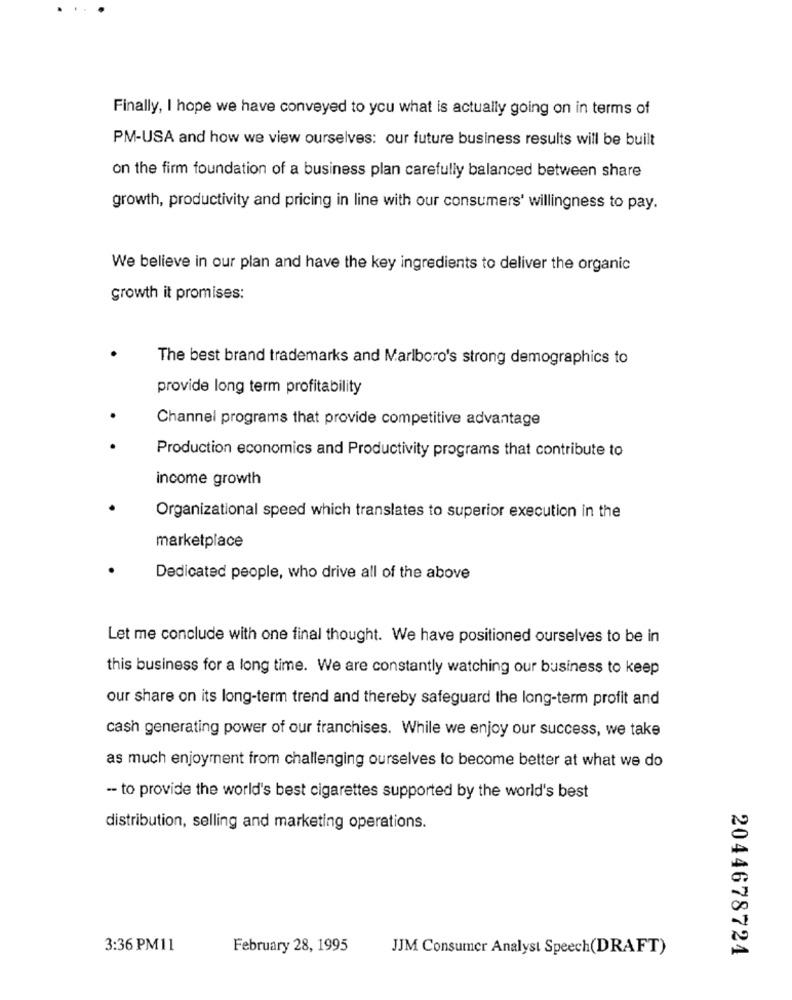
Finally, I hope we have conveyed to you what is actually going on in terms of
PM-USA and how we view ourselves: our future business results will be built
on the firm foundation of a business plan carefully balanced between share
growth, productivity and pricing in line with our consumers' willingness to pay.
We believe in our plan and have the key ingredients to deliver the organic
growth it promises:
The best brand trademarks and Marlboro's strong demographics to
provide long term profitability
Channel programs that provide competitive advantage
Production economics and Productivity programs that contribute to
income growth
Organizational speed which translates to superior execution in the
marketplace
Dedicated people, who drive all of the above
Let me conclude with one final thought. We have positioned ourselves to be in
this business for a long time. We are constantly watching our business to keep
our share on its long-term trend and thereby safeguard the long-term profit and
cash generating power of our franchises. While we enjoy our success, we take
as much enjoyment from challenging ourselves to become better at what we do
-- to provide the world's best cigarettes supported by the world's best
distribution, selling and marketing operations.
3:36 PM11
February 28, 1995
JJM Consumer Analyst Speech(DRAFT)
2044678724